Rangoon Lunatic Asylum 1898-1906 - 1898-1906
Year: 1898
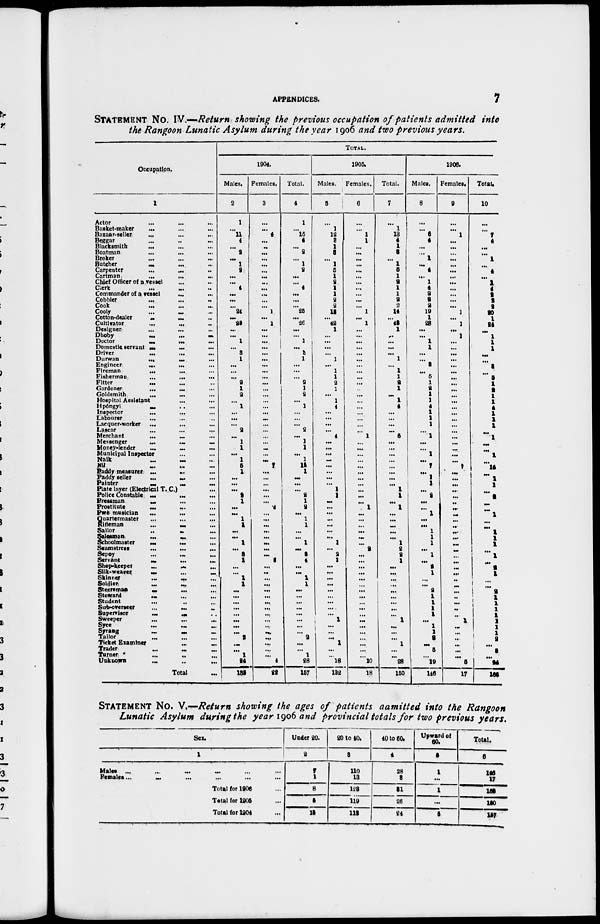
APPENDICES.
7
STATEMENT No. IV.—Return showing the previous occupation of patients admitted into
the Rangoon Lunatic Asylum during the year 1906 and two previous years.
Occupation.
1
Actor ... ... ...
Basket-maker
...
...
...
Bazaar-seller ... ... ...
Beggar ... ... ...
Blacksmith ... ... ...
Boatman ... ... ...
Broker ... ... ...
Butcher ... ... ...
Carpenter
... ...
...
Cartman ... ... ...
Chief Officer of a vessel ... ... ...
Clerk ... ... ...
Commander of a vessel ... ...
Cobbler ... ... ...
Cook
...
...
...
Cooly
... ... ...
Cotton-dealer
...
... ...
Cultivator ... ... ...
Designer ... ... ...
Dhoby
...
...
...
Doctor
...
...
...
Domestic servant ...
... ...
Driver ... ... ...
Durwan
...
... ...
Engineer ... ... ...
Fireman
... ... ...
Fisherman ... ... ...
Fitter ... ... ...
Gardener ... ... ...
Goldsmith ... ... ...
Hospital Assistant ... ...
Hpôngyl ... ... ...
Inspector ... ... ...
Labourer ... ... ...
Lacquer-worker
...
...
...
Lascar ... ... ...
Merchant ... ... ...
Messenger
...
...
...
Money-lender
...
...
...
Municipal Inspector ... ...
Naik
...
...
...
Nil ... ... ...
Paddy measurer ... ... ...
Paddy teller
...
...
...
Painter ... ... ...
Plate layer (Electrical T. C.) ...
Police Constable ...
... ...
Pressman ... ... ...
Prostitute
...
...
...
Pwè musician ... ... ...
Quartermaster ... ... ...
Rifleman
...
...
...
Sailor ... ... ...
Salesman
...
...
...
Schoolmaster
...
... ...
Seamstress ... ... ...
Sepoy ... ... ...
Servant ... ... ...
Shop-keeper
...
... ...
Silk-weaver
...
...
...
Skinner
...
...
...
Soldier
...
...
...
Steersman ... ... ...
Steward ... ... ...
Student ... ... ...
Sub-overseer
... ... ...
Supervisor ... ... ...
Sweeper ... ... ...
Syce
...
...
...
Syrang
...
... ...
Tailor ... ... ...
Ticket Examiner ... ...
Trader
...
...
...
Turner ... ... ...
Unknown ... ... ...
Total
...
TOTAL.
1904.
Males.
2
1
...
11
4
...
2
...
1
2
...
...
4
...
...
...
24
...
25
...
...
1
...
3
1
...
...
...
2
1
2
...
1
...
...
...
2
...
1
1
...
1
5
1
...
...
...
2
1
...
...
1
1
...
...
1
...
2
1
...
...
1
1
...
...
...
...
...
...
...
...
2
...
...
1
24
135
Females.
3
...
...
4
...
...
...
...
...
...
...
...
...
...
...
...
1
...
1
...
...
...
...
...
...
...
...
...
...
...
...
...
...
...
...
...
...
...
...
...
...
...
7
...
...
...
...
...
...
2
...
...
...
...
...
...
...
...
3
...
..
...
...
...
...
...
...
...
...
...
...
...
...
...
...
4
22
Total.
4
1
...
15
4
...
2
...
1
2
...
...
4
...
...
...
25
...
26
...
...
1
...
3
1
...
...
...
2
1
2
...
1
...
...
...
2
...
1
1
...
1
12
1
...
...
...
2
1
2
...
1
1
...
...
1
...
2
4
...
...
1
1
...
...
...
...
...
...
...
...
2
...
...
1
28
157
1905.
Males.
5
...
1
12
3
1
3
...
1
5
1
2
1
1
2
2
13
...
42
1
...
...
...
...
1
...
1
1
2
1
...
1
4
...
...
...
...
4
...
...
...
...
...
...
...
...
1
1
...
...
...
...
...
...
...
1
...
2
1
...
...
...
...
...
...
...
...
...
1
...
...
...
1
...
...
18
132
Females.
6
...
...
1
1
...
...
...
...
...
...
...
...
...
...
...
1
...
1
...
...
...
...
...
...
...
...
...
...
...
...
...
...
...
...
...
...
1
...
...
...
...
...
...
...
...
...
...
...
1
...
...
...
...
...
...
2
...
...
...
...
...
...
...
...
...
...
...
...
...
...
...
...
...
...
10
18
Total.
7
...
1
13
4
1
3
...
1
5
1
2
1
1
2
2
14
...
43
1
...
...
...
...
1
...
1
1
2
1
...
1
4
...
...
...
...
5
...
...
...
...
...
...
...
...
1
1
...
1
...
...
...
...
...
1
2
2
1
...
...
...
...
...
...
...
...
...
1
...
...
...
1
...
...
28
150
1906.
Males.
8
...
...
6
4
...
...
1
...
4
...
1
4
2
2
2
19
1
23
...
...
1
1
...
...
3
...
5
1
2
1
1
4
1
1
1
...
1
...
...
1
...
7
...
1
1
...
2
...
...
1
...
...
1
1
1
...
1
...
2
1
...
...
2
1
1
1
1
...
1
1
2
...
5
...
19
146
Females.
9
...
...
1
...
...
...
...
...
...
...
...
...
...
...
...
1
...
1
...
1
...
...
...
...
...
...
...
...
...
...
...
...
...
...
...
...
...
...
...
...
...
7
...
...
...
...
...
...
...
...
...
...
...
...
...
...
...
...
...
...
...
...
...
...
...
...
...
1
...
...
...
...
...
...
5
17
Total.
10
...
...
7
4
...
...
1
...
4
...
1
4
2
2
2
20
1
24
...
1
1
1
...
...
3
...
5
1
2
1
1
4
1
1
1
...
1
...
...
1
...
14
...
1
1
...
2
...
...
1
...
...
1
1
1
...
1
...
2
1
...
...
2
2 1
1 1
1
1
1
2
...
5
...
24
163
STATEMENT No. V.—Return showing the ages of patients admitted into the Rangoon
Lunatic Asylum during the year 1906 and provincial totals for two previous years.
Sex.
1
Males ...
...
...
...
...
Females... ... ... ... ...
Total for 1906 ...
Total for 1905 ...
Total for 1904 ...
Under 20.
2
7
1
8
5
15
20 to 40.
3
110
13
123
119
113
40 to 60.
4
28
3
31
26
24
Upward of
60.
5
1
...
1
...
5
Total.
6
146
17
166
180
157